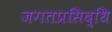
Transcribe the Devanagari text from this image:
जगतप्रसिद्धि